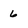
Character: 6